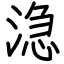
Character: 㴔